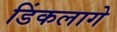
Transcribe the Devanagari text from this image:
डिंकलागे